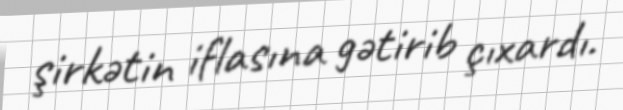
şirkətin iflasına gətirib çıxardı.